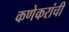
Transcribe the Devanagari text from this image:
कणेकरांची